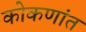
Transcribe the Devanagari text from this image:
कोकणांत